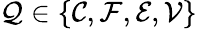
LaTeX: \mathcal{Q}\in\left\{ \mathcal{C},\mathcal{F},\mathcal{E},\mathcal{V}\right\}